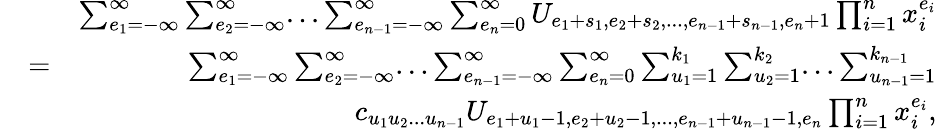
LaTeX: \begin{array}{rlr}&{}&{\sum_{e_{1}=-\infty}^{\infty}\sum_{e_{2}=-\infty}^{\infty}...\sum_{e_{n-1}=-\infty}^{\infty}\sum_{e_{n}=0}^{\infty}U_{e_{1}+s_{1},e_{2}+s_{2},...,e_{n-1}+s_{n-1},e_{n}+1}\prod_{i=1}^{n}x_{i}^{e_{i}}}\\ &{=}&{\sum_{e_{1}=-\infty}^{\infty}\sum_{e_{2}=-\infty}^{\infty}...\sum_{e_{n-1}=-\infty}^{\infty}\sum_{e_{n}=0}^{\infty}\sum_{u_{1}=1}^{k_{1}}\sum_{u_{2}=1}^{k_{2}}...\sum_{u_{n-1}=1}^{k_{n-1}}}\\ &{}&{c_{u_{1}u_{2}...u_{n-1}}U_{e_{1}+u_{1}-1,e_{2}+u_{2}-1,...,e_{n-1}+u_{n-1}-1,e_{n}}\prod_{i=1}^{n}x_{i}^{e_{i}},}\end{array}